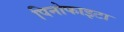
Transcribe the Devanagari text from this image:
पिनोफाइटा